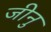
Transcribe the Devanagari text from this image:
जीनु